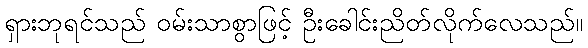
ရှားဘုရင်သည် ဝမ်းသာစွာဖြင့် ဦးခေါင်းညိတ်လိုက်လေသည်။